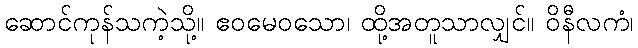
ဆောင်ကုန်သကဲ့သို့။ ဧဝမေဝသော၊ ထို့အတူသာလျှင်။ ဝိနီလကံ၊